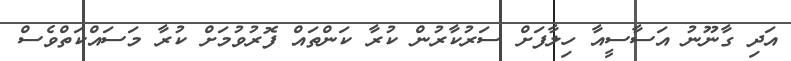
އަދި ގާނޫނު އަސާސީއާ ހިލާފަށް ސަރުކާރުން ކުރާ ކަންތައް ފޮރުވުމަށް ކުރާ މަސައްކަތްވެސް